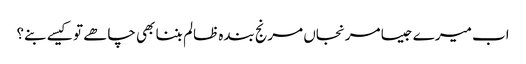
اب میرے جیسا مرنجاں مرنج بندہ ظالم بننا بھی چاھے تو کیسے بنے؟